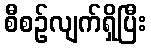
စီစဉ်လျက်ရှိပြီး